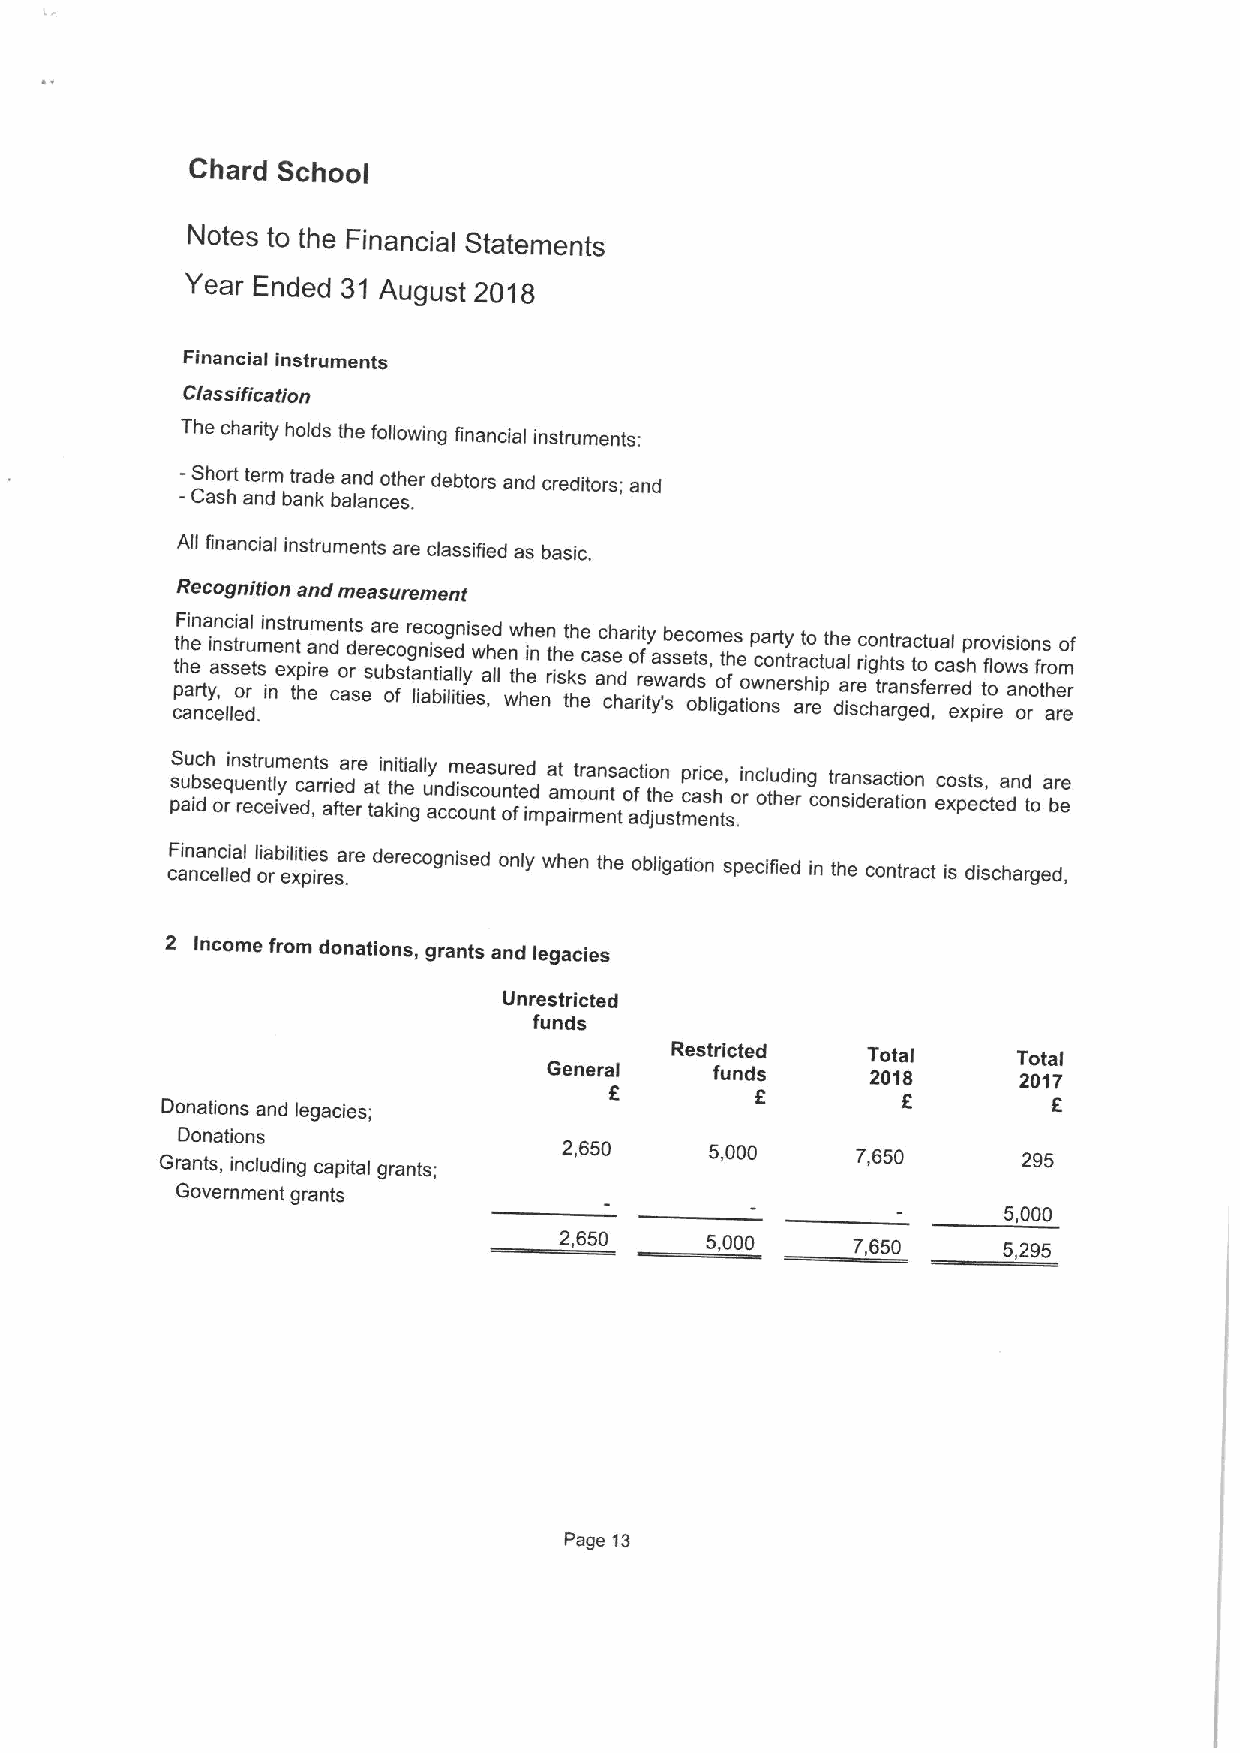
Chard School
 Notes to the Financial Statements
 Year Ended 31 August 2018
 Financial instruments
 Classification
 The charity holds the following financial instruments:
 -- CSh ao shrt ate nr dm bt ar na kde baan lad nco et sh .er debtors and creditors; and
 All financial instruments are classified as basic.
 Recognition and measurement
 cpt tF hh aai ee r nn t cya in e,an lc ss li s eta or e dl u rt .m si ien nn es tt xr tpu him ea rene dn ct o as d r se esr ua e br c oe so ftg ar n n le itic ais a bo e l ig d l ly in tii es swe ,ad h fe ln ww th hh ei ene nn t i.h ise tt k hh s ee ca ac s cnh e hda ar roi it rf ty e ywa 'ssb as re e dc ot so s b,m lio ge t ah fs te io owp nca n sor enty rt sr ha at c i ro p etut ah dle a ir se crc i ho g atn h r rt t a gr s na esc dt ft o ,eu ra rcl ea eds xhp pr io t rf ov elois w aio n osn o rs f thr ao e rm ro ef
 psS u au ibc dsh eq ou rin e rns et t cr lu eym ive en dct ,as rr aie ftda er re a tt ai kn t ii h nti e gally u an cd cm i os ue ca o ns u tu nr t oe e fd d impa a at m irmotr ua enn nt tsac ot afi do t jn h ue stmp c eari nsc the s, .oi rnc olu thd ein rg contr sa in ds ea rac tt ii oo nn ec xo ps ets c, tedand toa bre
 e
 cF ain na cn ec lli ea dl l oia rb eil xit pie is resa .re derecognised only when the obligation specified in the contract is discharged,
 2 Income from donations, grants and legacies
 Unrestricted
 funds
 Restricted   Total     Total
 General    funds      2018     2017
 Donations and legacies;                          6         6
 Donations
 Grants, including capital grants; 2,650 5,000 7,650      295
 Government grants
 5000
 2,650     5,000    7,650     5,295
 Page 13